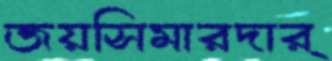
জয়সিমারদার্